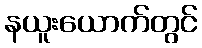
နယူးယောက်တွင်